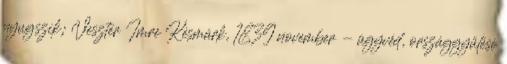
nyugszik; Veszter Imre Késmárk, 1839 november - ügyvéd, országgyűlési